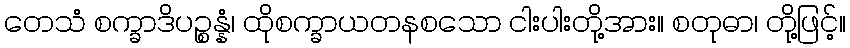
တေသံ စက္ခာဒိပဉ္စန္နံ၊ ထိုစက္ခာယတနစသော ငါးပါးတို့အား။ စတုဓာ၊ တို့ဖြင့်။